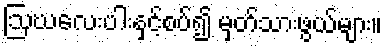
ဩဃလေးပါးနှင့်စပ်၍ မှတ်သားဖွယ်များ။